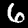
Label: 6